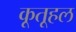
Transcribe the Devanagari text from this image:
कूतूहल